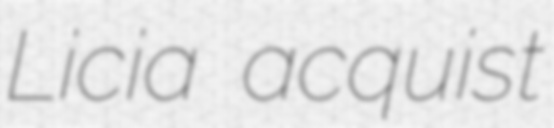
Licia acquist